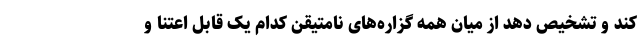
کند و تشخیص دهد از میان همه گزاره‌های نامتیقن کدام یک قابل اعتنا و